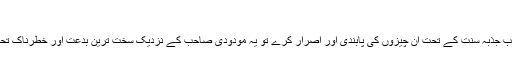
نکاح
اگر کوئی صاحب جذبہ سنت کے تحت ان چیزوں کی پابندی اور اصرار کرے تو یہ مودودی صاحب کے نزدیک سخت ترین بدعت اور خطرناک تحریفِ دین ہوگی۔